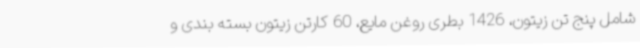
شامل پنج تن زیتون، 1426 بطری روغن مایع، 60 کارتن زیتون بسته بندی و